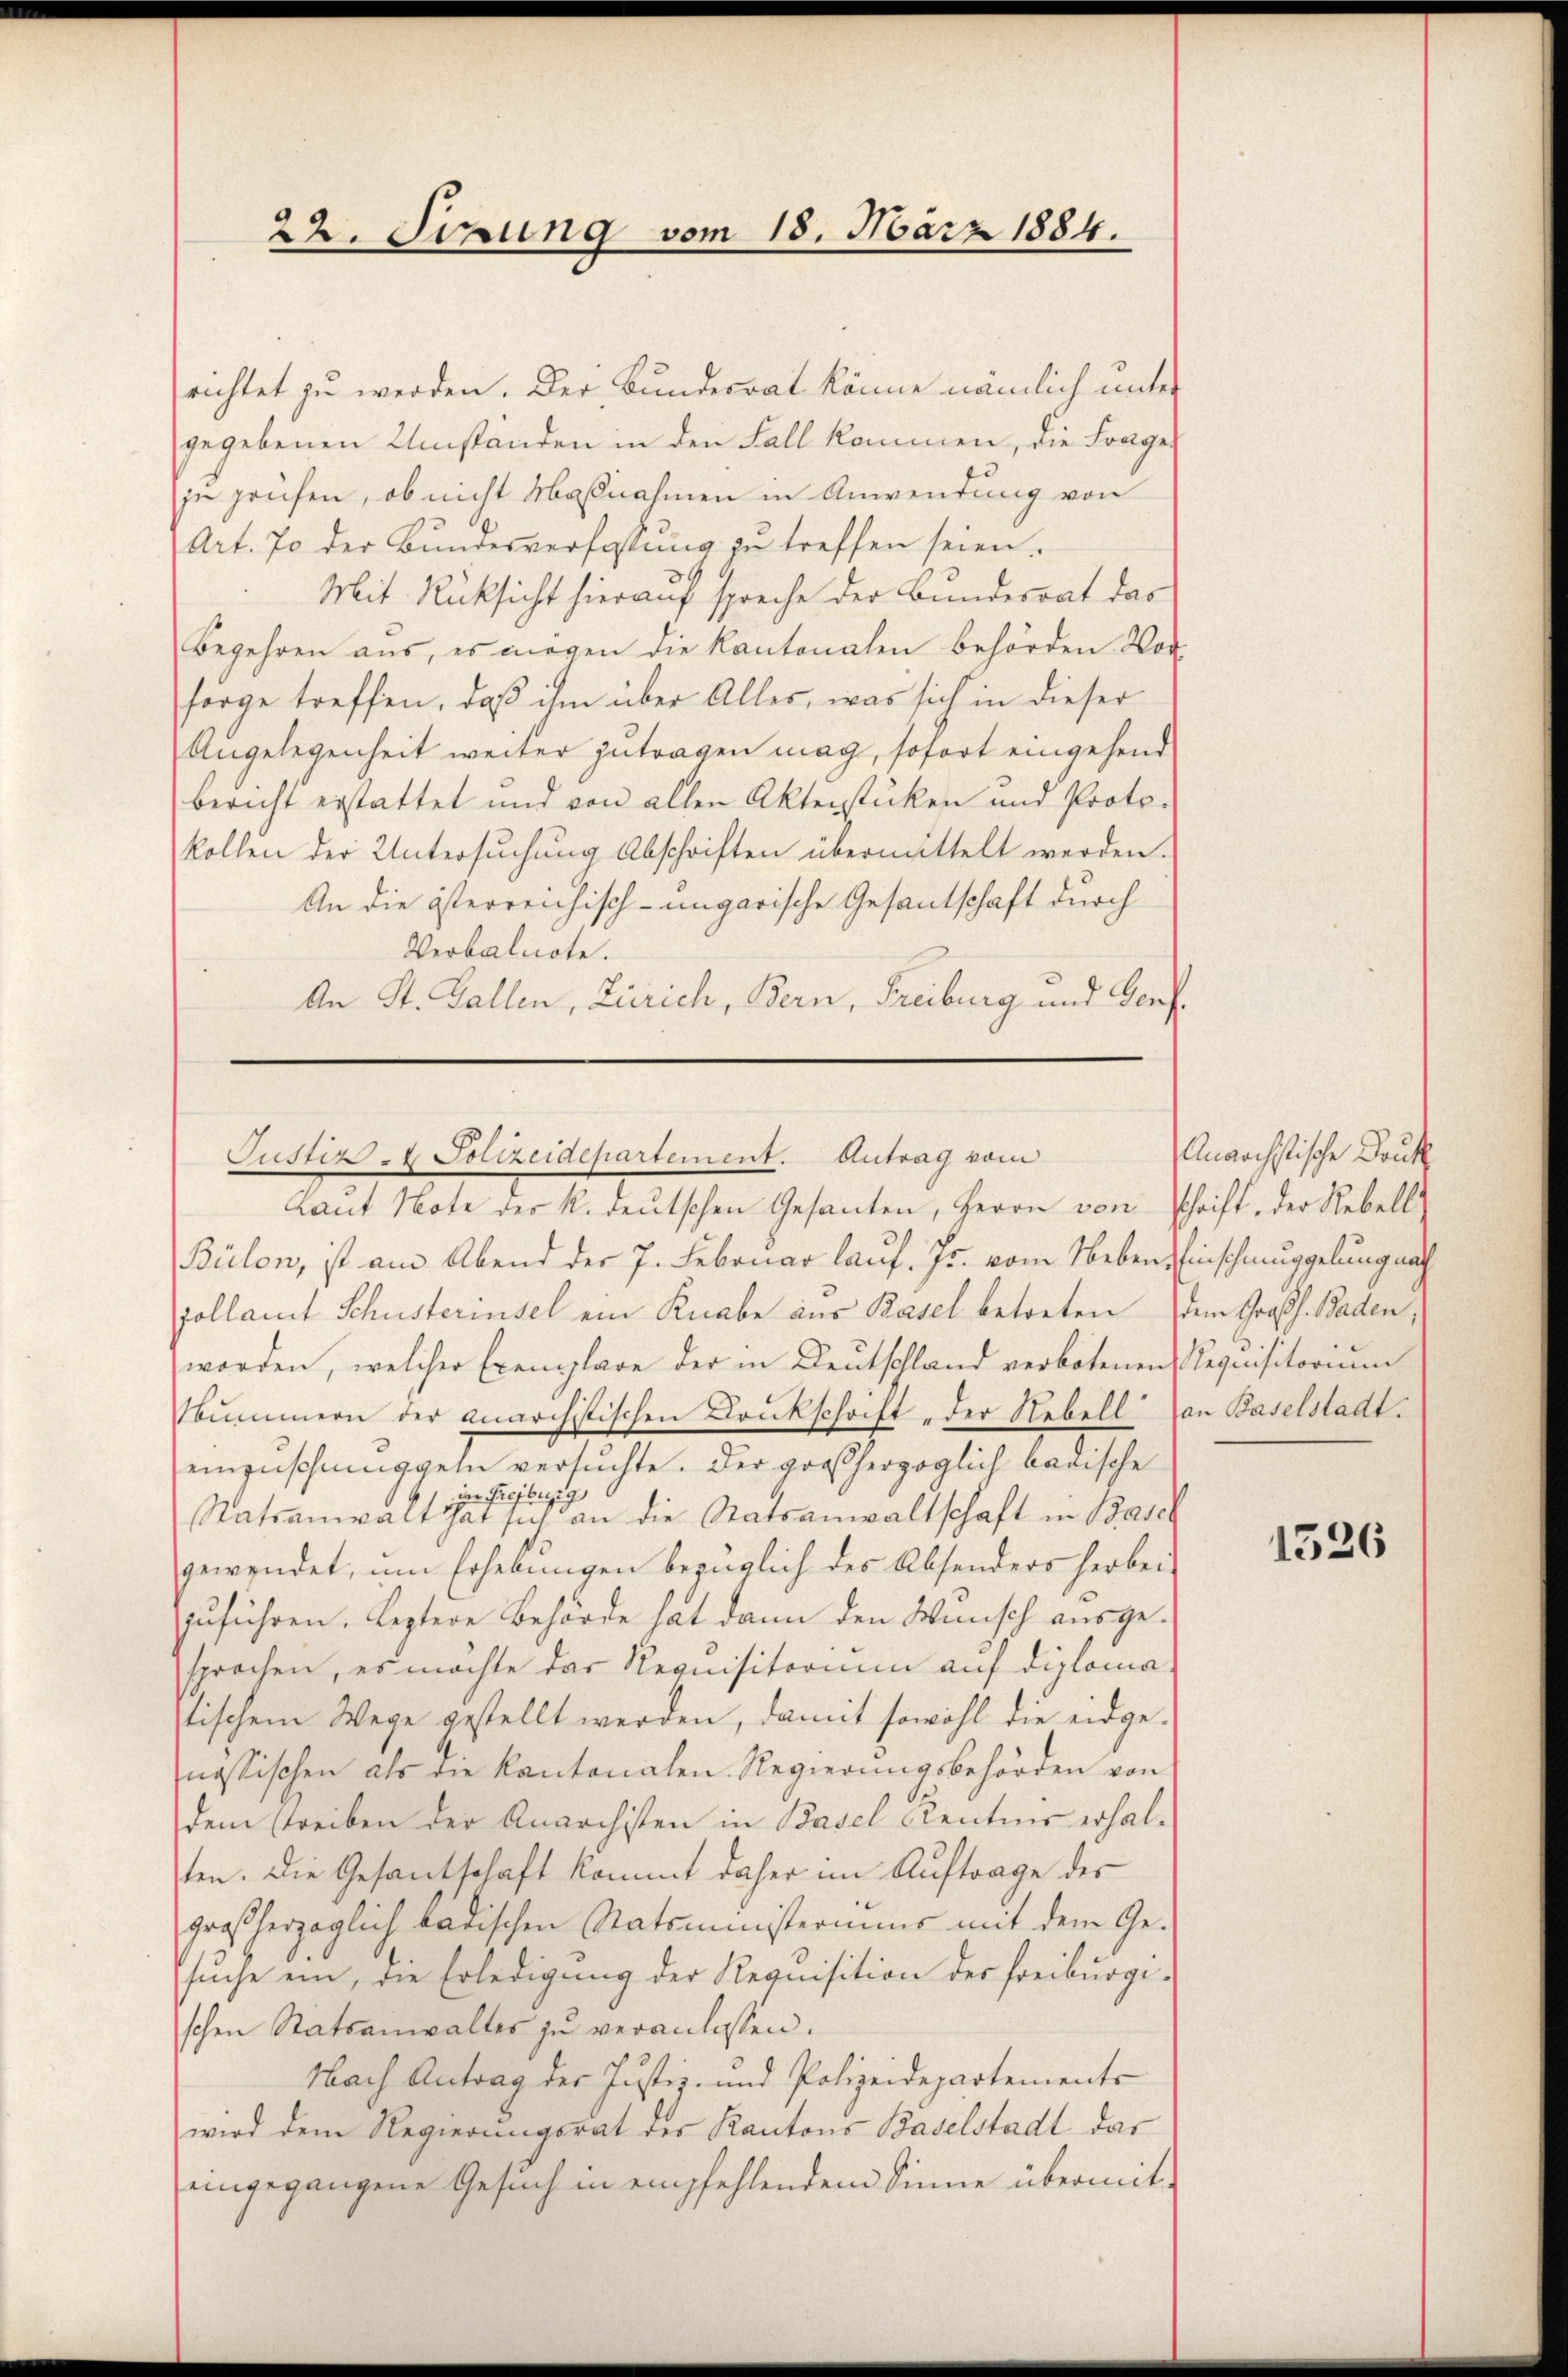
22. Sepung vom 18. März 1884.

richtet zu werden. Der Bundesrat könne nämlich unter
gegebenen Umständen in den Fall kommen, die Frage
ju prüfen, ob nicht Massnahmen in Anwendung von
Art. 70 der Bundesverfassŭng zu treffen seien.
Mit Rücksicht hierauf spreche der Bundesrat das
Begehren aus, es mögen die Kantonalen behörden Vor-
sorge treffen, daß ihm über Alles, was sich in dieser
Angelegenheit weiter zutragen mag, sofort eingehend
Bericht erstattet und von allen Aktenstücken und Proto-
kollen der Untersuchung Abschriften übermittelt werden.
An die österreichisch-ungarische Gesantschaft durch
Verbalnote.
An St. Gallen, Zürich, Bern, Freiburg und Genf

Bülon, ist am Abend der 7. Februar lauf. Js. vom Neben Einschmuggelung nach
collamt Schusterinsel ein Knabe aus Basel betreten dem Großh. Baden,
worden, welcher Exemplare der in Deutschland verbotenen Requisitoriŭm
Nummern der Anarchistischen Druckschrift „der Nebell an Baselstadt.
einzuschunggeln versuchte. Der großherzoglich badische
imn Freiburg
Ratsanwalt hat sich an die Statsanwaltschaft in Basel
gewendet, um Erhebungen bezüglich des Absonders herbeizuführen. Leztere Behörde hat dann den Wunsch ausgesprochen, es möchte das Requisitorium auf diplomastischem Wege gestellt werden, damit sowohl die eidgenössischen als die Kantonalen Regierungsbehörden von
dem streiben der Anarchisten in Basel Kentnis erhalten. Die Gesantschaft kommt daher im Auftrage des
großherzoglich badischen Statsministeriums mit dem Ge-
suche ein, die Erledigung der Requisition des Freiburgischen Statsanwaltes zu veranlassen.
Nach Antrag der Justiz- und Polizeidepartements
wird dem Regierungsrat der Kantons Baselstadt das
eingegangene Gesuch in empfehlendem Sinne übermit¬

Justiz- & Polizeidepartement. Antrag vom
Laut Note des R. deutschen Gesanten, Herrn von schrift, der Rebell

Anarchstische Druck

1526